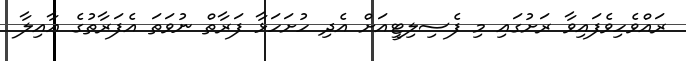
ރައްވެހިވެފައިވާ ރަށުގައި މި ފެސިލިޓީއަށް އެދި ހުށަހަޅާ ފަރާތް ނުވަތަ އެފަރާތުގެ ޢާއިލާ